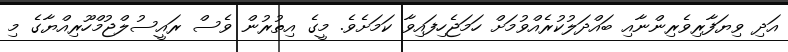
އަދި ވިޔަފާރިވެރިންނާއި ބައްދަލުކުރެއްވުމަށް ހަމަޖެހިފައިވާ ކަމަށެވެ. މީގެ އިތުރުން ވެސް ރައީސުލްޖުމްހޫރިއްޔާގެ މި